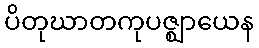
ပိတုဃာတကုပဇ္ဈာယေန